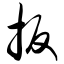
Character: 扳